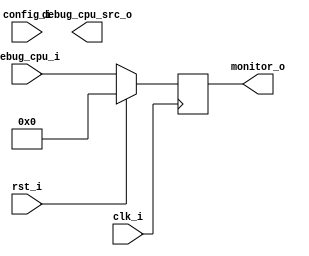
//-----------------------------------------------------------------
// Copyright (c) 2021, admin@ultra-embedded.com
// All rights reserved.
// 
// Redistribution and use in source and binary forms, with or without
// modification, are permitted provided that the following conditions 
// are met:
//   - Redistributions of source code must retain the above copyright
//     notice, this list of conditions and the following disclaimer.
//   - Redistributions in binary form must reproduce the above copyright
//     notice, this list of conditions and the following disclaimer 
//     in the documentation and/or other materials provided with the 
//     distribution.
//   - Neither the name of the author nor the names of its contributors 
//     may be used to endorse or promote products derived from this 
//     software without specific prior written permission.
// 
// THIS SOFTWARE IS PROVIDED BY THE COPYRIGHT HOLDERS AND CONTRIBUTORS 
// "AS IS" AND ANY EXPRESS OR IMPLIED WARRANTIES, INCLUDING, BUT NOT 
// LIMITED TO, THE IMPLIED WARRANTIES OF MERCHANTABILITY AND FITNESS FOR 
// A PARTICULAR PURPOSE ARE DISCLAIMED. IN NO EVENT SHALL THE AUTHOR BE 
// LIABLE FOR ANY DIRECT, INDIRECT, INCIDENTAL, SPECIAL, EXEMPLARY, OR 
// CONSEQUENTIAL DAMAGES (INCLUDING, BUT NOT LIMITED TO, PROCUREMENT OF 
// SUBSTITUTE GOODS OR SERVICES; LOSS OF USE, DATA, OR PROFITS; OR 
// BUSINESS INTERRUPTION) HOWEVER CAUSED AND ON ANY THEORY OF 
// LIABILITY, WHETHER IN CONTRACT, STRICT LIABILITY, OR TORT
// (INCLUDING NEGLIGENCE OR OTHERWISE) ARISING IN ANY WAY OUT OF 
// THE USE OF THIS SOFTWARE, EVEN IF ADVISED OF THE POSSIBILITY OF 
// SUCH DAMAGE.
//-----------------------------------------------------------------
module debug_mux
(
    // Inputs
     input           clk_i
    ,input           rst_i
    ,input  [ 31:0]  debug_cpu_i
    ,input  [ 31:0]  config_i

    // Outputs
    ,output [  5:0]  debug_cpu_src_o
    ,output [ 31:0]  monitor_o
);



reg [31:0] monitor_r;

always @ *
begin
    monitor_r = 32'b0;

    monitor_r = debug_cpu_i;
end

reg [31:0] monitor_q;

always @ (posedge clk_i )
if (rst_i)
    monitor_q <= 32'b0;
else
    monitor_q <= monitor_r;

assign monitor_o = monitor_q;

endmodule